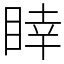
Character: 䁄